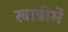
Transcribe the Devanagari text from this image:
खाड़ीमें